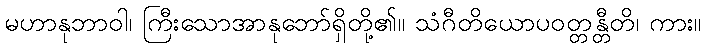
မဟာနုဘာဝါ၊ ကြီးသောအာနုဘော်ရှိတို့၏။ သံဂီတိယောပဝတ္တန္တီတိ၊ ကား။